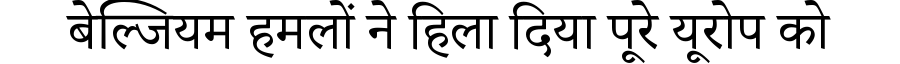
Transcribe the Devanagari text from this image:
बेल्जियम हमलों ने हिला दिया पूरे यूरोप को